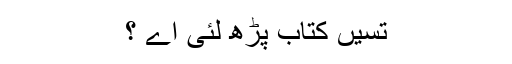
تسیں کتاب پڑھ لئی اے ؟